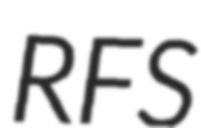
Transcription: RFS